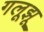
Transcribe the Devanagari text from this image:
गलूझू